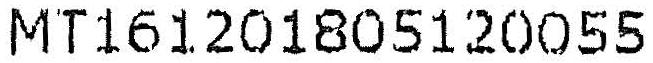
MT161201805120055